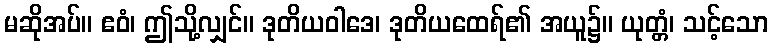
မဆိုအပ်။ ဧဝံ၊ ဤသို့လျှင်။ ဒုတိယဝါဒေ၊ ဒုတိယထေရ်၏ အယူ၌။ ယုတ္တံ၊ သင့်သော